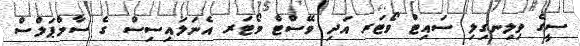
ސީގެ ވިލިނގިލި ސައިޓް ވޯޓަރ އަދި ވޭސްޓް ވޯޓަރ އެނަލައިސިސް ގެ ސާމްޕަލްސް